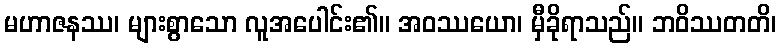
မဟာဇနဿ၊ များစွာသော လူအပေါင်း၏။ အဝဿယော၊ မှီခိုရာသည်။ ဘဝိဿတတိ၊